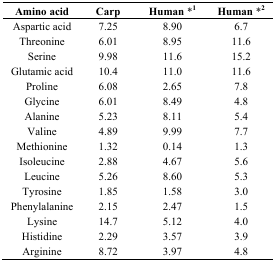
| Amino acid | Carp | Human *1 | Human *2 |
 | --- | --- | --- | --- |
 | Aspartic acid | 7.25 | 8.90 | 6.7 |
 | Threonine | 6.01 | 8.95 | 11.6 |
 | Serine | 9.98 | 11.6 | 15.2 |
 | Glutamic acid | 10.4 | 11.0 | 11.6 |
 | Proline | 6.08 | 2.65 | 7.8 |
 | Glycine | 6.01 | 8.49 | 4.8 |
 | Alanine | 5.23 | 8.11 | 5.4 |
 | Valine | 4.89 | 9.99 | 7.7 |
 | Methionine | 1.32 | 0.14 | 1.3 |
 | Isoleucine | 2.88 | 4.67 | 5.6 |
 | Leucine | 5.26 | 8.60 | 5.3 |
 | Tyrosine | 1.85 | 1.58 | 3.0 |
 | Phenylalanine | 2.15 | 2.47 | 1.5 |
 | Lysine | 14.7 | 5.12 | 4.0 |
 | Histidine | 2.29 | 3.57 | 3.9 |
 | Arginine | 8.72 | 3.97 | 4.8 |